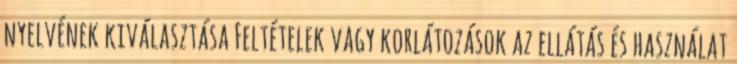
nyelvének kiválasztása Feltételek vagy korlátozások az ellátás és használat